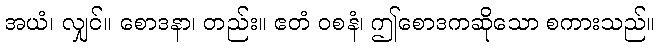
အယံ၊ လျှင်။ စောဒနာ၊ တည်း။ ဧတံ ဝစနံ၊ ဤစောဒကဆိုသော စကားသည်။